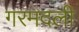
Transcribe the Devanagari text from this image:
गरमदली